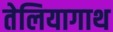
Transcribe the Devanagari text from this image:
तेलियागाथ